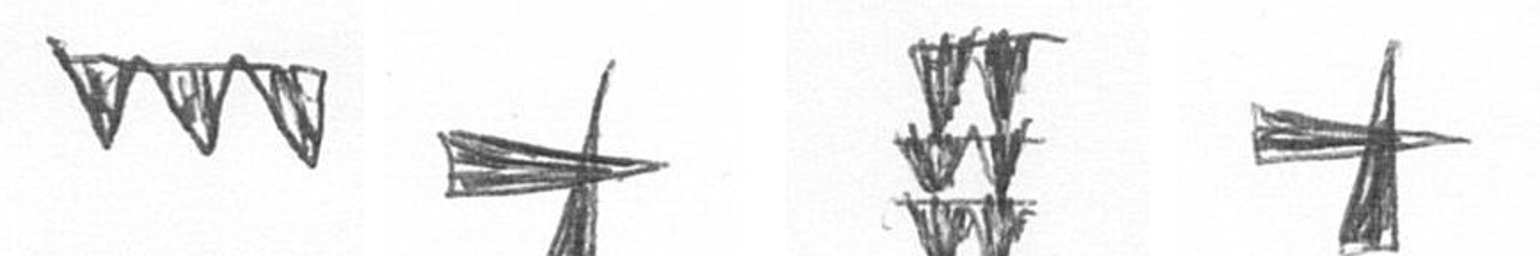
L G Y G